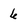
Character: 6